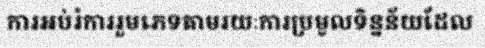
ការអប់រំការរួមភេទតាមរយៈការប្រមូលទិន្នន័យដែល